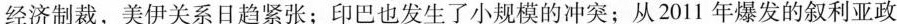
经济制裁，美伊关系日趋紧张；印巴也发生了小规模的冲突；从2011年爆发的叙利亚政